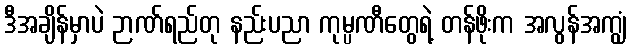
ဒီအချိန်မှာပဲ ဉာဏ်ရည်တု နည်းပညာ ကုမ္ပဏီတွေရဲ့ တန်ဖိုးက အလွန်အကျွံ